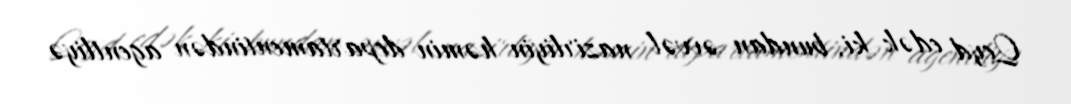
Qeyd edək ki, bundan əvvəl nazirliyin həmin departamentindən agentliyə